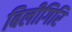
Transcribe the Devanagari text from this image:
बिलीगिरि